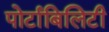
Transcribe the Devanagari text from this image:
पोर्टाबिलिटी